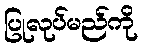
ပြုလုပ်မည်ကို